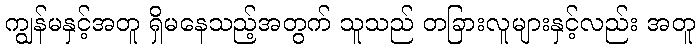
ကျွန်မနှင့်အတူ ရှိမနေသည့်အတွက် သူသည် တခြားလူများနှင့်လည်း အတူ